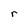
Character: r